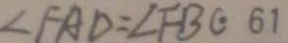
\angle F A D = \angle F B C 6 1